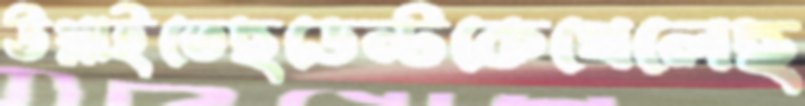
উথ্‌লাইতেছডেন্টকেখেলেছ